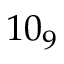
1 0 _ { 9 }